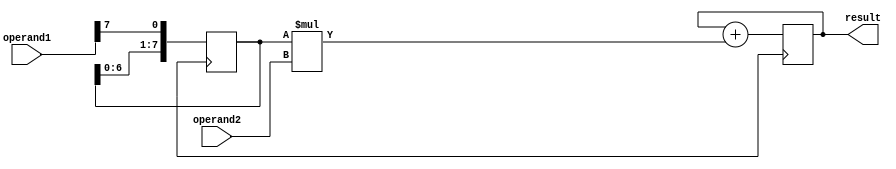
module shift_and_add_multiplier (
    input [7:0] operand1,
    input [7:0] operand2,
    output reg [15:0] result
);

reg [7:0] shift_register;
reg [15:0] accumulator;

always @ (posedge clk) begin
    shift_register <= {shift_register[6:0], operand1[7]};
    accumulator <= accumulator + (shift_register * operand2);
end

assign result = accumulator;

endmodule